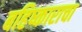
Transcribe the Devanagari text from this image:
बहिष्काराचा